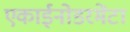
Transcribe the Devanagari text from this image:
एकाईनोडरमेंटा